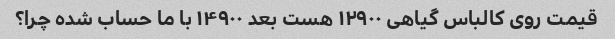
قیمت روی کالباس گیاهی ۱۲۹۰۰ هست بعد ۱۴۹۰۰ با ما حساب شده چرا؟